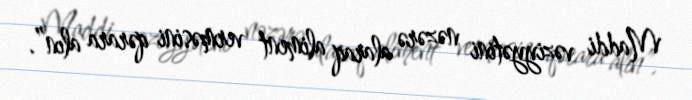
Maddi vəziyyətini nəzərə alaraq aliment verməsini qərara alın”.